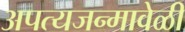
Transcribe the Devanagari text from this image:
अपत्यजन्मावेळी